Senior Leaving Certificate Examination (including Day School Certificate (Higher) General paper), 1950
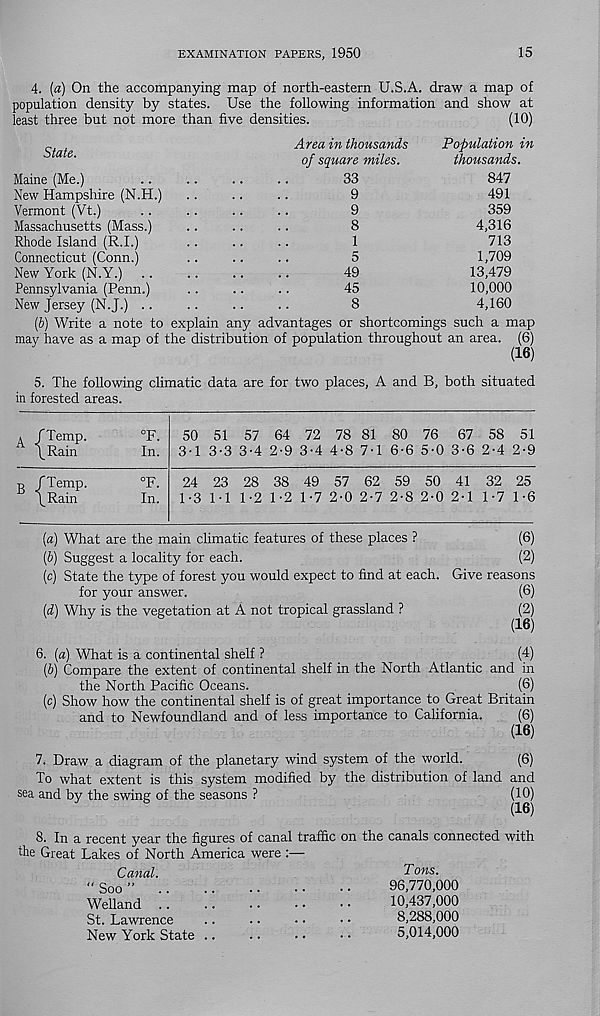
EXAMINATION PAPERS, 1950
15
4.
(a) On the accompanying map of north-eastern U.S.A, draw a map
population density by states. Use the following information and show at
least three but not more than five densities.
(10)
State.
Maine (Me.)
New Hampshire (N.H.)
Vermont (Vt.)
Massachusetts (Mass.)
Rhode Island (R.I.)
Connecticut (Conn.)
New York (N.Y.) ..
Pennsylvania (Penn.)
New Jersey (N.J.) ..
Area in thousands
of square miles.
33
9
9
8
1
5
49
45
8
Population in
thousands.
847
491
359
4,316
713
1,709
13,479
10,000
4,160
(6) Write a note to explain any advantages or shortcomings such a map
may have as a map of the distribution of population throughout an area. (6)
(16)
5.
The following climatic data are for two places, A and B, both situa
in forested areas.
A /Temp.
\Rain
°F.
In.
50 51 57 64 72 78 81 80 76 67 58 51
3-1 3-3 3-4 2-9 3-4 4-8 7-1 6-6 5-0 3-6 2-4 2-9
B /Temp.
\_Ram
°F.
In.
24 23 28 38 49 57 62 59 50 41 32 25
1-3 1-1 1-2 1-2 1-7 2-0 2-7 2-8 2-0 2-1 1-7 1-6
(a) What are the main climatic features of these places ?
(b) Suggest a locality for each.
(c) State the type of forest you would expect to find at each.
for your answer.
(d) Why is the vegetation at A not tropical grassland ?
(6)
(2)
Give reasons
(6)
(2)
(16)
6.
{a) What is a continental shelf ?
(b) Compare the extent of continental shelf in the North Atlantic and in
the North Pacific Oceans.
(6)
(c) Show how the continental shelf is of great importance to Great Britain
and to Newfoundland and of less importance to California.
(6)
(16)
7. Draw a diagram of the planetary wind system of the world.
(6)
To what extent is this system modified by the distribution of land and
sea and by the swing of the seasons ?
(10)
(16)
8. In a recent year the figures of canal traffic on the canals connected with
the Great Lakes of North America were :—
Canal.
Tons.
“ Soo ”
96,770,000
Welland ..
..
..
• •
• •
10,437,000
St. Lawrence
..
■ •
• •
• •
8,288,000
New York State ..
..
• •
• •
5,014,000